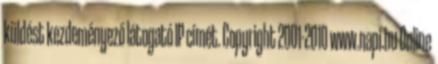
küldést kezdeményező látogató IP címét. Copyright 2001-2010 www.napi.hu Online